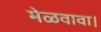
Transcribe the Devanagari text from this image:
मेळवावा।